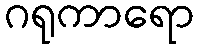
ဂရုကာရော